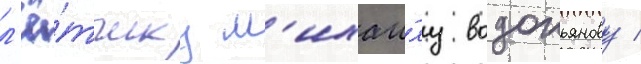
л'ё́тчику м'ихаи́лу водопьянову /